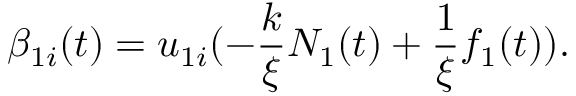
\beta _ { 1 i } ( t ) = u _ { 1 i } ( - \frac { k } { \xi } N _ { 1 } ( t ) + \frac { 1 } { \xi } f _ { 1 } ( t ) ) .